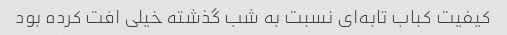
کیفیت کباب تابه‌ای نسبت به شب گذشته خیلی افت کرده بود